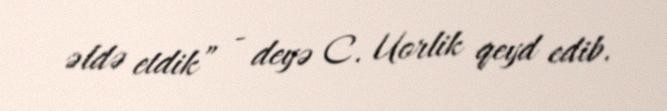
əldə etdik” - deyə C. Uorlik qeyd edib.